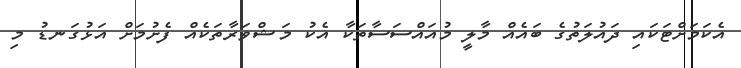
އެކަމަށްޓަކައި ދައުލަތުގެ ބައެއް މާލީ މުއައްސަސާތަކާ އެކު މަޝްވަރާތަކެއް ފެށުމަށް އަޅުގަނޑު މި